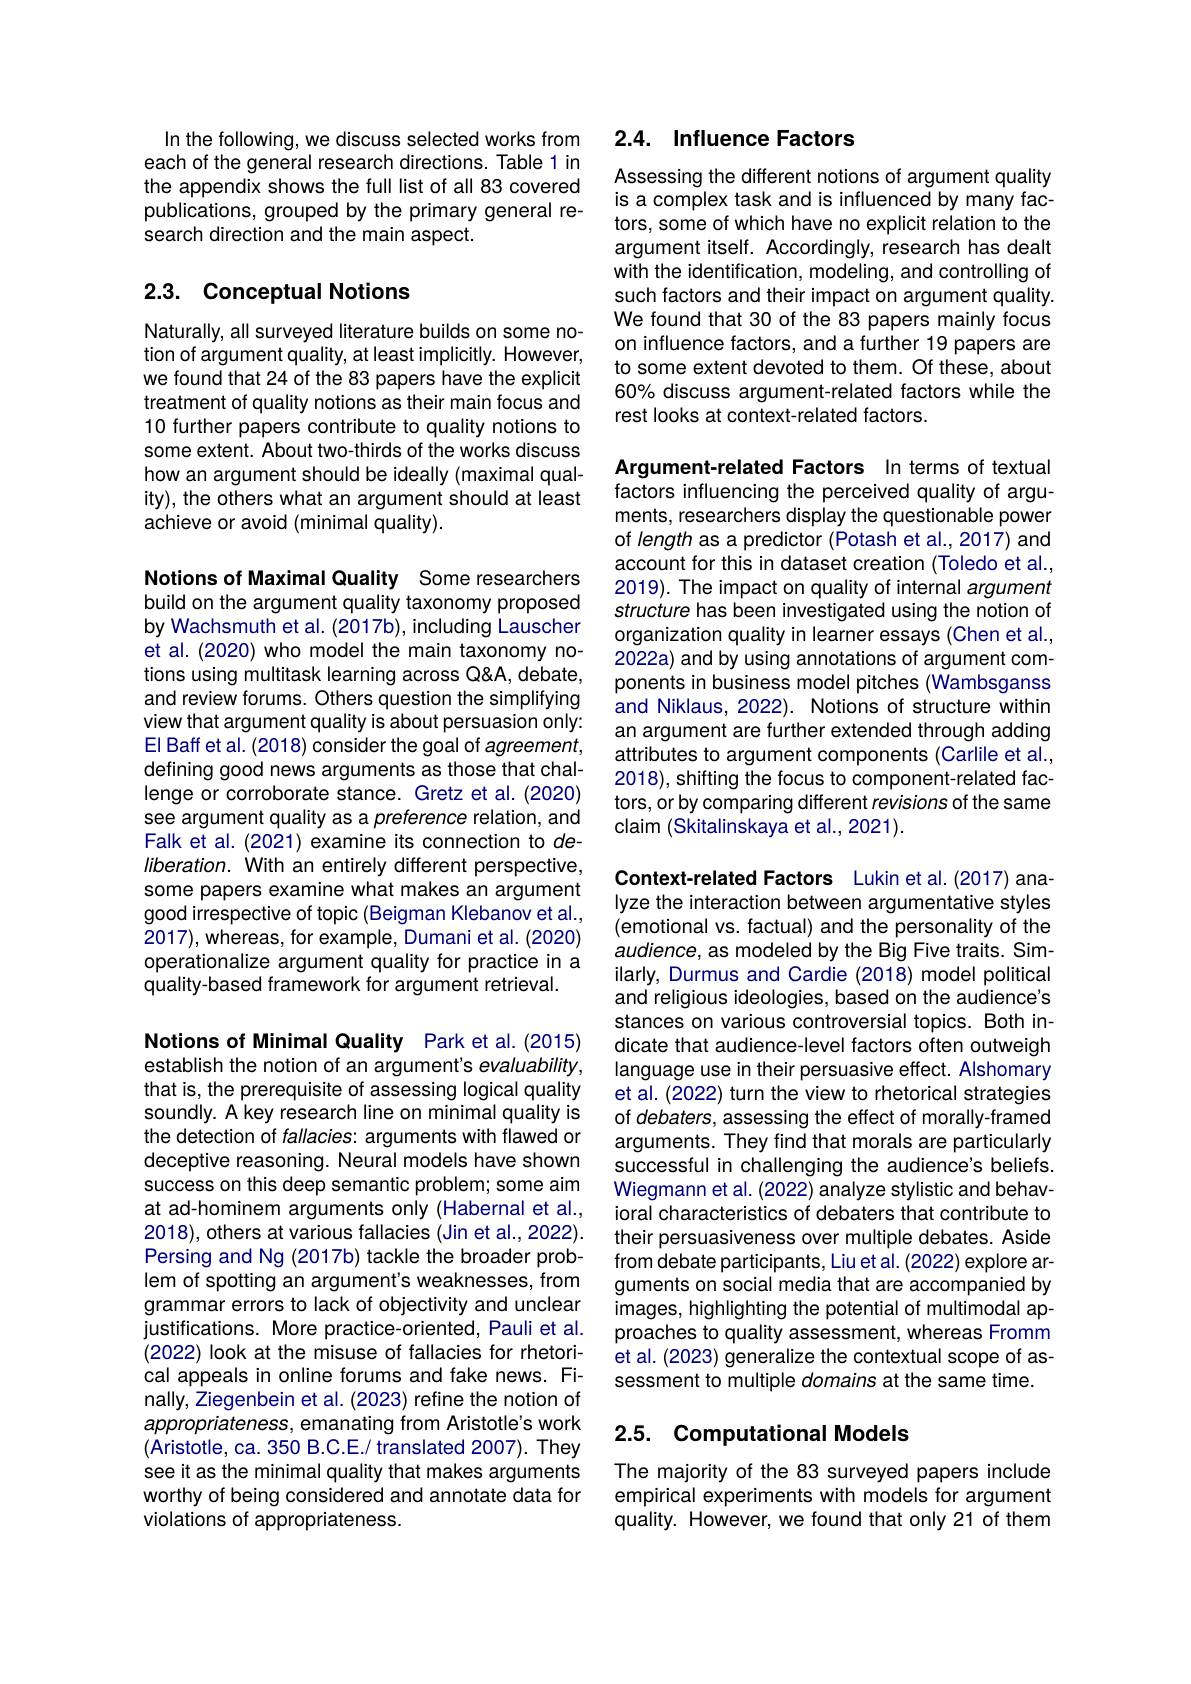
In the following, we discuss selected works from each of the general research directions. Table 1 in the appendix shows the full list of all 83 covered publications, grouped by the primary general research direction and the main aspect.

## 2.3. Conceptual Notions

Naturally, all surveyed literature builds on some notion of argument quality, at least implicitly. However, we found that 24 of the 83 papers have the explicit treatment of quality notions as their main focus and 10 further papers contribute to quality notions to some extent. About two-thirds of the works discuss how an argument should be ideally (maximal quality), the others what an argument should at least achieve or avoid (minimal quality).

Notions of Maximal Quality Some researchers build on the argument quality taxonomy proposed by Wachsmuth et al. (2017b), including Lauscher et al. (2020) who model the main taxonomy notions using multitask learning across Q&A, debate, and review forums. Others question the simplifying view that argument quality is about persuasion only: El Baff et al. (2018) consider the goal of agreement, defining good news arguments as those that challenge or corroborate stance. Gretz et al. (2020) see argument quality as a preference relation, and Falk et al. (2021) examine its connection to deliberation. With an entirely different perspective, some papers examine what makes an argument good irrespective of topic (Beigman Klebanov et al., 2017),whereas, for example, Dumani et al. (2020) operationalize argument quality for practice in a quality-based framework for argument retrieval.

Notions of Minimal Quality Park et al.(2015) establish the notion of an argument's evaluability, that is, the prerequisite of assessing logical quality soundly. A key research line on minimal quality is the detection of fallacies: arguments with flawed or deceptive reasoning. Neural models have shown success on this deep semantic problem; some aim at ad-hominem arguments only (Habernal et al., 2018), others at various fallacies (Jin et al., 2022). Persing and Ng (2017b) tackle the broader problem of spotting an argument's weaknesses, from grammar errors to lack of objectivity and unclear justifications. More practice-oriented, Pauli et al. (2022) look at the misuse of fallacies for rhetorical appeals in online forums and fake news. Finally, Ziegenbein et al. (2023) refine the notion of appropriateness, emanating from Aristotle's work (Aristotle, ca. 350 B.C.E./ translated 2007). They see it as the minimal quality that makes arguments worthy of being considered and annotate data for violations of appropriateness.

## 2.4. Influence Factors

Assessing the different notions of argument quality is a complex task and is influenced by many factors, some of which have no explicit relation to the argument itself. Accordingly, research has dealt with the identification, modeling, and controlling of such factors and their impact on argument quality. We found that 30 of the 83 papers mainly focus on influence factors, and a further 19 papers are to some extent devoted to them. Of these, about 60% discuss argument-related factors while the rest looks at context-related factors.

Argument-related Factors In terms of textual factors influencing the perceived quality of arguments, researchers display the questionable power of length as a predictor (Potash et al., 2017) and account for this in dataset creation (Toledo et al., 2019). The impact on quality of internal argument structure has been investigated using the notion of organization quality in learner essays (Chen et al., 2022a) and by using annotations of argument components in business model pitches (Wambsganss and Niklaus, 2022). Notions of structure within an argument are further extended through adding attributes to argument components (Carlile et al., 2018), shifting the focus to component-related factors, or by comparing different revisions of the same claim (Skitalinskaya et al., 2021).

Context-related Factors Lukin et al. (2017) analyze the interaction between argumentative styles (emotional vs. factual) and the personality of the audience, as modeled by the Big Five traits. Similarly, Durmus and Cardie (2018) model political and religious ideologies, based on the audience's stances on various controversial topics. Both indicate that audience-level factors often outweigh language use in their persuasive effect. Alshomary et al. (2022) turn the view to rhetorical strategies of debaters, assessing the effect of morally-framed arguments. They find that morals are particularly successful in challenging the audience's beliefs. Wiegmann et al. (2022) analyze stylistic and behavioral characteristics of debaters that contribute to their persuasiveness over multiple debates. Aside from debate participants, Liu et al. (2022) explore arguments on social media that are accompanied by images, highlighting the potential of multimodal approaches to quality assessment, whereas Fromm et al. (2023) generalize the contextual scope of assessment to multiple domains at the same time.

## 2.5. Computational Models

The majority of the 83 surveyed papers include empirical experiments with models for argument quality. However, we found that only 21 of them